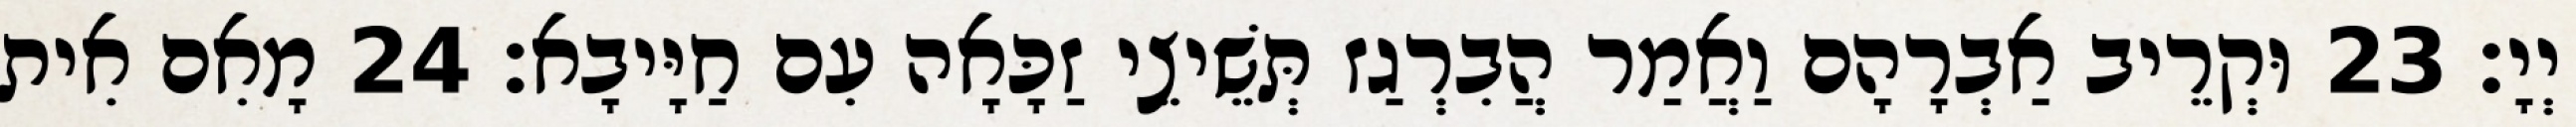
יְיָ׃ 23 וּקְרֵיב אַבְרָהָם וַאֲמַר הֲבִרְגַז תְּשֵׁיצֵי זַכָּאָה עִם חַיָּיבָא׃ 24 מָאִם אִית